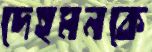
দেহমনকে